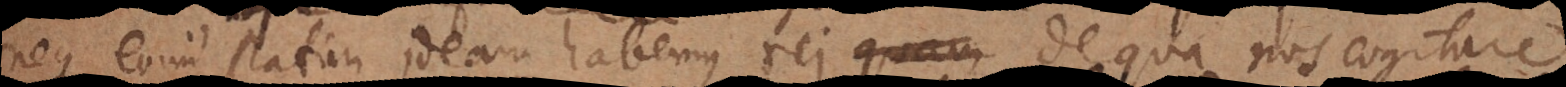
neque enim statim ideam habemus rei, de qua nos cogitare